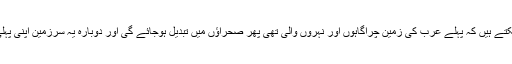
بالفاظ دیگر یہ بھی کہہ سکتے ہیں کہ پہلے عرب کی زمین چراگاہوں اور نہروں والی تھی پھر صحراؤں میں تبدیل ہوجائے گی اور دوبارہ یہ سرزمین اپنی پہلی حالت پہ لوٹ جائےگی ۔